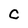
Character: C